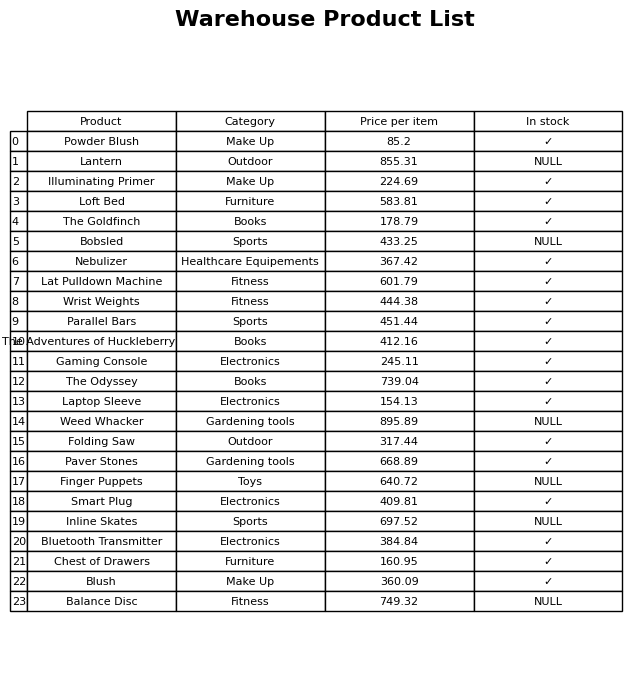
question: What is the price for Inline Skates?
answer: The price of Inline Skates is 697.52.